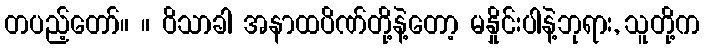
တပည့်တော်။ ။ ဝိသာခါ အနာထပိဏ်တို့နဲ့တော့ မနှိုင်းပါနဲ့ဘုရား, သူတို့က